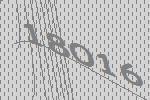
18016